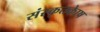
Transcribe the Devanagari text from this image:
संस्कृतकाेष